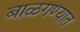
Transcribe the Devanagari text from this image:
बाळगण्यात